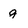
Character: g